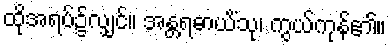
ထိုအရပ်၌လျှင်။ အန္တရဓာယိံသု၊ ကွယ်ကုန်၏။